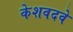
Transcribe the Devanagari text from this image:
केशवदवे